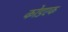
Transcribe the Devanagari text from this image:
कोडएक